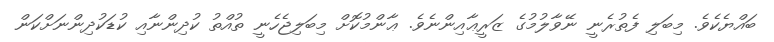
ބައްޔެކެވެ. މިބަލި ފެތުރެނީ ނޭވާލުމުގެ ޒަރީޢާއިންނެވެ. ޢާންމުކޮށް މިބަލިޖެހެނީ ތުއްތު ކުދިންނާއި ކުޑަކުދިންނަށްކަން